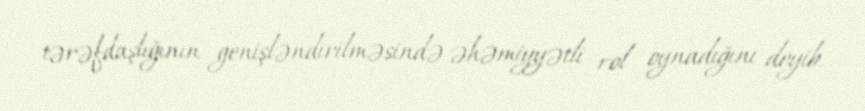
tərəfdaşlığının genişləndirilməsində əhəmiyyətli rol oynadığını deyib.